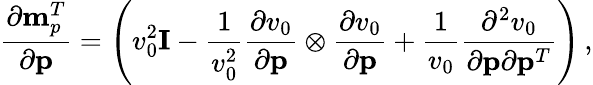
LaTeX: \frac{\partial{\mathbf m}_{p}^{T}}{\partial{\mathbf p}}=\left(v_{0}^{2}{\mathbf I}-\frac{1}{v_{0}^{2}}\frac{\partial v_{0}}{\partial{\mathbf p}}\otimes\frac{\partial v_{0}}{\partial{\mathbf p}}+\frac{1}{v_{0}}\frac{\partial^{2}v_{0}}{\partial{\mathbf p}\partial{\mathbf p}^{T}}\right)\, ,